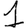
Digit: 1